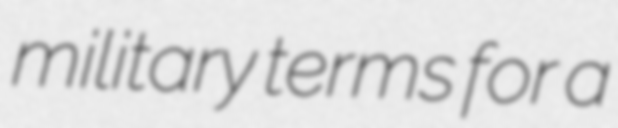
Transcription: military terms for a